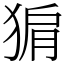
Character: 猏